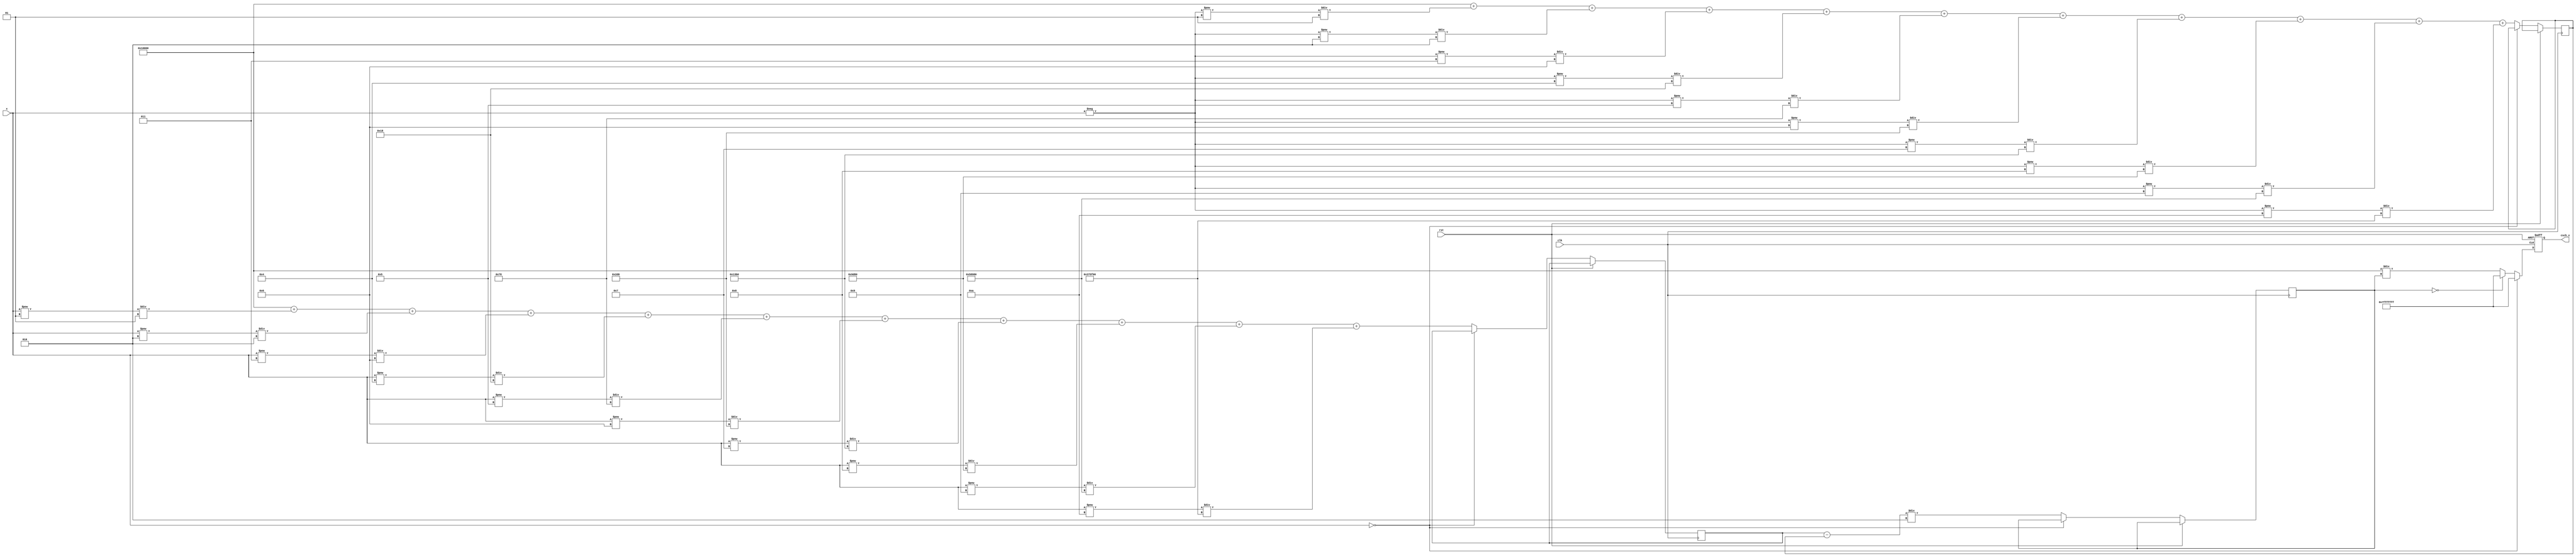
module hyperbolic_cosecant (
    input wire signed [31:0] x,        // Input signal (fixed-point representation)
    output reg signed [31:0] csch_x,   // Output signal (fixed-point representation)
    input wire clk,
    input wire rst
);
    // Parameters
    parameter fixed_point_factor = 16; // Fixed-point precision factor
    parameter exp_limit = 100; // Limit for exponential approximation

    // Internal signals
    reg signed [31:0] exp_x, exp_neg_x; // e^x and e^-x
    reg signed [31:0] sinh_x;            // sinh(x)

    // Function to calculate exponential using Taylor series approximation
    function signed [31:0] exp_function(input signed [31:0] input_value);
        integer i;
        reg signed [31:0] result;
        begin
            result = 32'h00010000; // e^0 = 1 (in fixed point)
            for (i = 1; i <= 10; i = i + 1) begin // 10 terms for Taylor series
                result = result + (input_value ** i) / factorial(i);
            end
            exp_function = result;
        end
    endfunction

    // Factorial function for Taylor series
    function integer factorial(input integer n);
        integer i;
        begin
            factorial = 1;
            for (i = 1; i <= n; i = i + 1) begin
                factorial = factorial * i;
            end
        end
    endfunction

    // Always block to compute csch
    always @(posedge clk or posedge rst) begin
        if (rst) begin
            csch_x <= 32'h7FFFFFFF; // Initialize to max value (infinity)
        end else begin
            if (x == 32'h00000000) begin
                csch_x <= 32'h7FFFFFFF; // csch(0) -> infinity
            end else begin
                exp_x <= exp_function(x);
                exp_neg_x <= exp_function(-x);
                sinh_x <= (exp_x - exp_neg_x) / 2; // sinh(x) = (e^x - e^-x) / 2

                // Check for sinh(x) being zero
                if (sinh_x == 0) begin
                    csch_x <= 32'h7FFFFFFF; // Handle division by zero
                end else begin
                    // csch(x) = 1 / sinh(x)
                    csch_x <= (1 << fixed_point_factor) / sinh_x; // Fixed-point division
                end
            end
        end
    end
endmodule